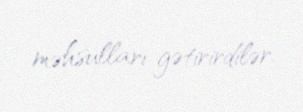
məhsulları gətirirdilər.